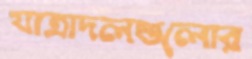
যাত্রাদলগুলোর